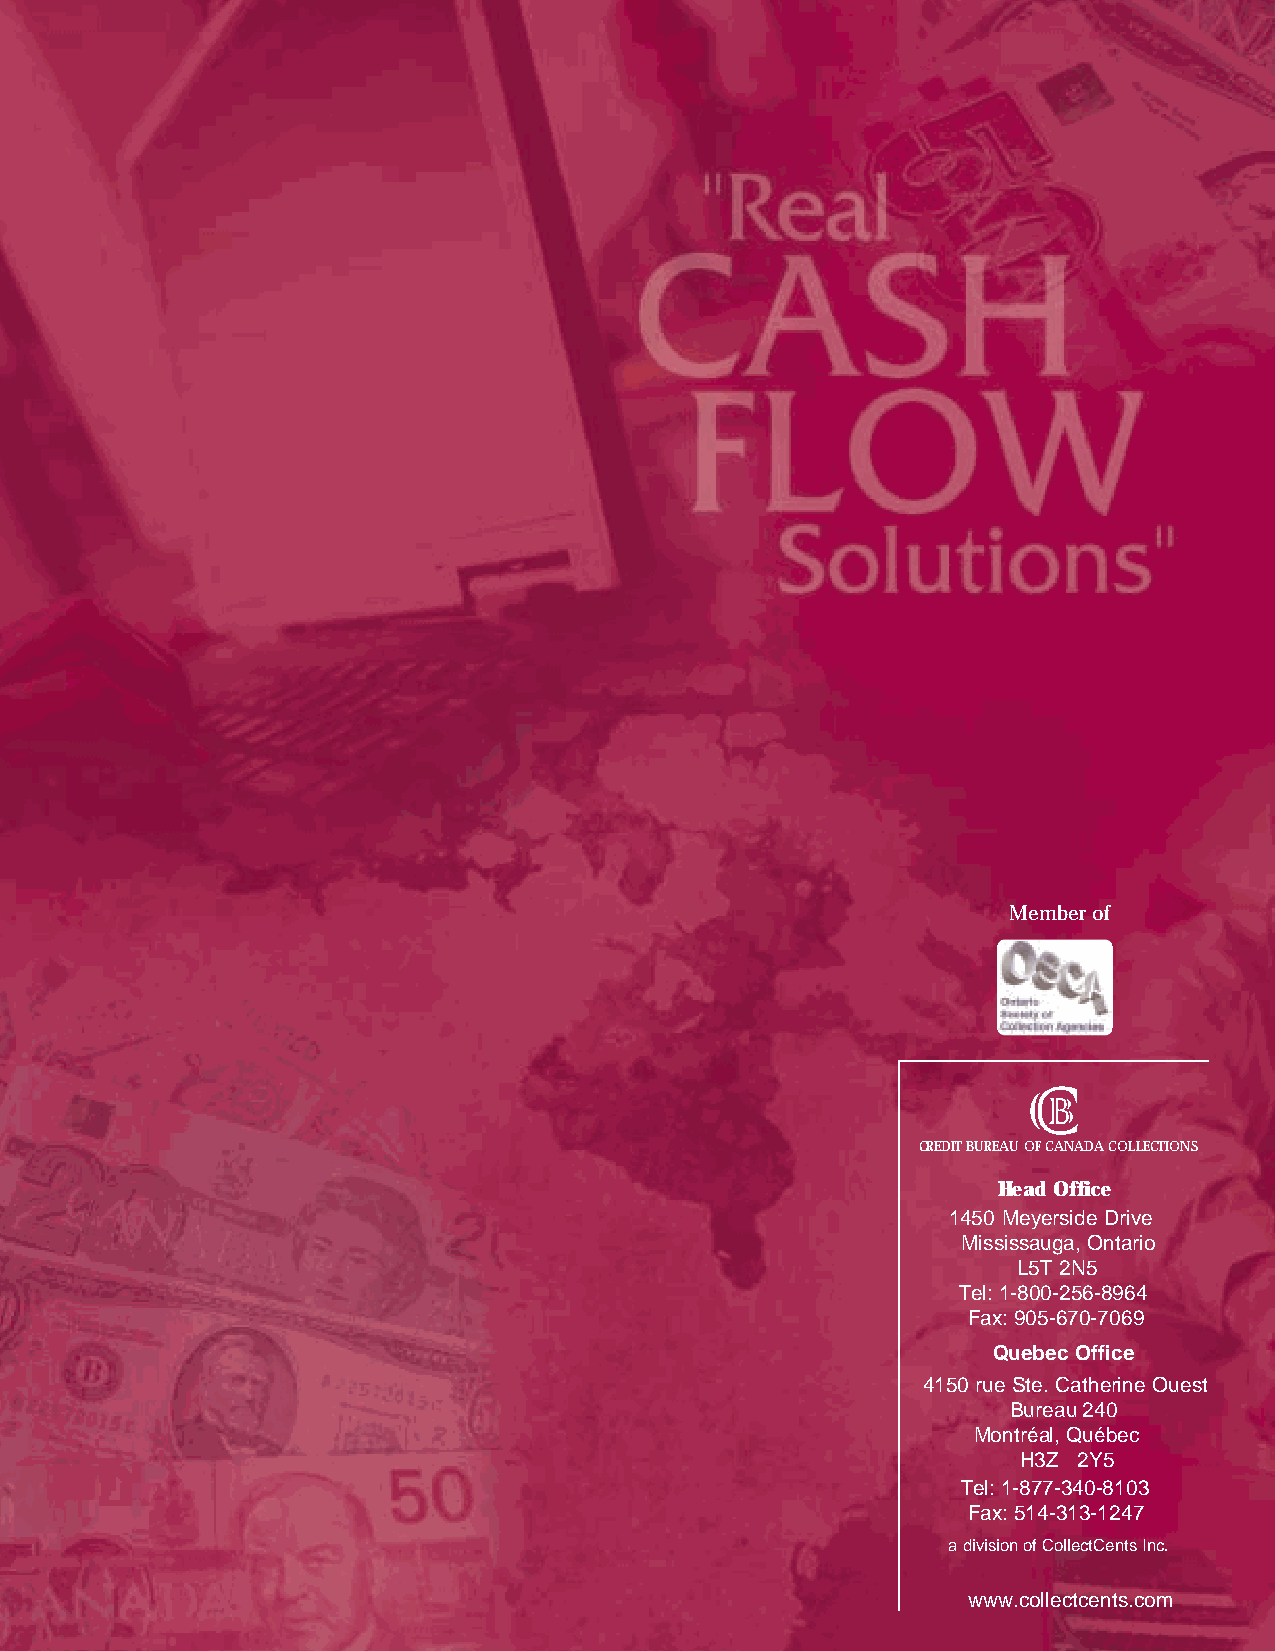
Member of
 CREDIT BUREAU OF CANADA COLLECTIONS
 Head Office
 1450 Meyerside Drive
 Mississauga, Ontario
 L5T 2N5
 Tel: 1-800-256-8964
 Fax: 905-670-7069
 Quebec Office
 4150 rue Ste. Catherine Ouest
 Bureau 240
 Montréal, Québec
 H3Z 2Y5
 Tel: 1-877-340-8103
 Fax: 514-313-1247
 a division of CollectCents Inc.
 www.collectcents.com